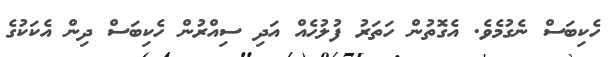
ހެކިބަސް ނެގުމެވެ. އެގޮތުން ހަތަރު ފުލުހެއް އަދި ސިއްރުން ހެކިބަސް ދިން އެކަކުގެ